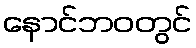
နောင်ဘဝတွင်